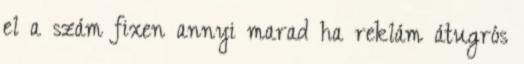
el a szám fixen annyi marad ha reklám átugrós